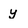
Character: y